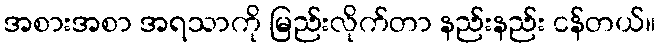
အစားအစာ အရသာကို မြည်းလိုက်တာ နည်းနည်း ငန်တယ်။